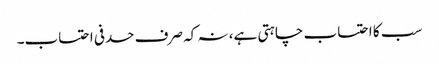
سب کا احتساب چاہتی ہے، نہ کہ صرف حدفی احتساب۔